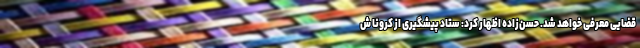
قضایی معرفی خواهد شد. حسن‌زاده اظهار کرد: ستاد پیشگیری از کرونا ش